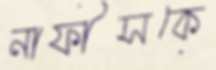
নাফীসকে